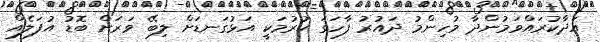
އަދާކުރައްވަމުންދާ މުހިންމު ދައުރު ފާހަގަ ކުރުމަކީ އަޅުގަނޑަށް ލިބޭ ވަރަށް ބޮޑު އުފަލެއް